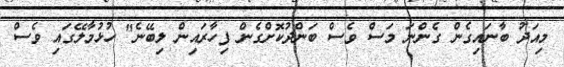
މިއަދު ބާނައިގެން ގެންނަ މަސް ވެސް ބަންދުކޮށްގެން ފިހާރައިން ލިބޭނެ" ހުޅުމާލޭގައި ވެސް